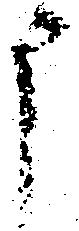
申